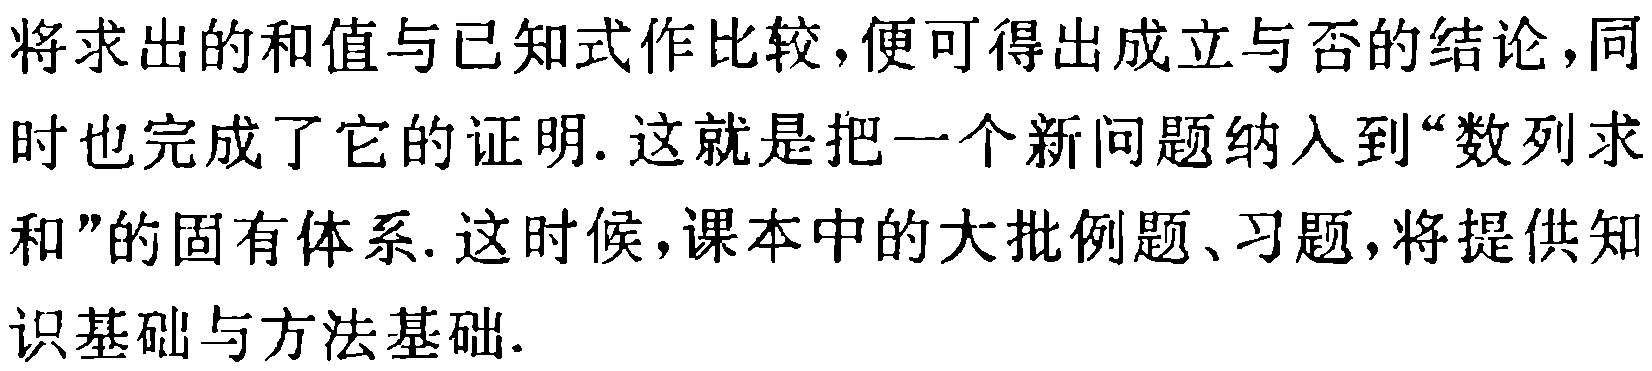
将求出的和值与已知式作比较，便可得出成立与否的结论，同时也完成了它的证明. 这就是把一个新问题纳入到“数列求和”的固有体系. 这时候，课本中的大批例题、习题，将提供知识基础与方法基础.